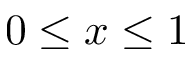
0 \leq x \leq 1